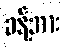
ခန့်အား